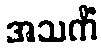
အသကိံ